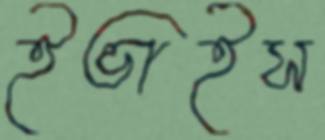
ইভাইস